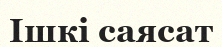
Ішкі саясат